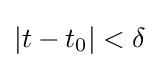
|t-t_{0}|<\delta